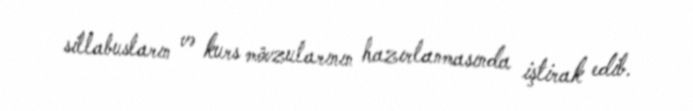
sillabusların və kurs mövzularının hazırlanmasında iştirak edib.